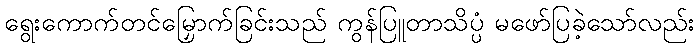
ရွေးကောက်တင်မြှောက်ခြင်းသည် ကွန်ပြူတာသိပ္ပံ မဖော်ပြခဲ့သော်လည်း